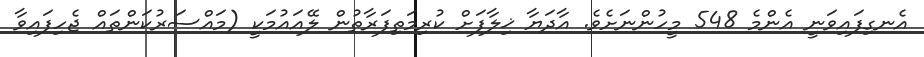
އެނގިފައިވަނީ އެންމެ 548 މީހުންނަށެވެ. އާދަޔާ ޚިލާފަށް ކުރިމަތިފަރާތުން ލޭއައުމަކީ (މައްސަރުކަންތައް ޖެހިފައިވާ